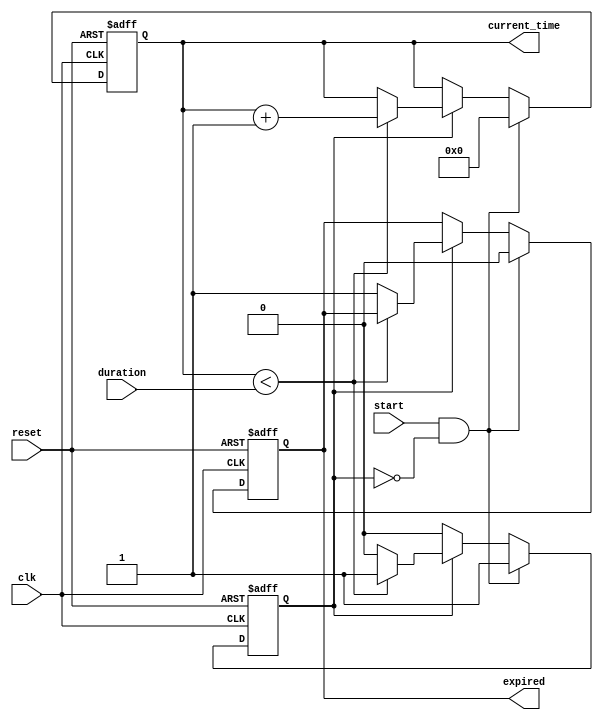
module TimerEventControl (
    input wire clk,            // Clock signal
    input wire start,          // Start signal
    input wire reset,          // Reset signal
    input wire [31:0] duration, // Time duration in clock cycles
    output reg expired,        // Timer expired signal
    output reg [31:0] current_time // Current time value
);

    // State declaration
    reg counting; // Indicates if the timer is currently counting

    // Initialization
    initial begin
        current_time = 32'b0;
        expired = 1'b0;
        counting = 1'b0;
    end

    // Timer operation
    always @(posedge clk or posedge reset) begin
        if (reset) begin
            // Reset the timer
            current_time <= 32'b0;
            expired <= 1'b0;
            counting <= 1'b0;
        end else if (start && !counting) begin
            // Start the timer
            counting <= 1'b1;
            current_time <= 32'b0; // Reset current time to zero
            expired <= 1'b0; // Ensure expired is low
        end else if (counting) begin
            // Increment current time if counting
            if (current_time < duration) begin
                current_time <= current_time + 1;
            end else begin
                // Timer has expired
                expired <= 1'b1;
                counting <= 1'b0; // Stop counting
            end
        end
    end

endmodule